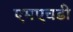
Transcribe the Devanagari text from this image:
एमएचडी